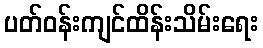
ပတ်ဝန်းကျင်ထိန်းသိမ်းရေး